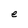
Character: e